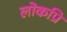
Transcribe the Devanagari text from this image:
लोकप्रि